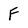
Character: F